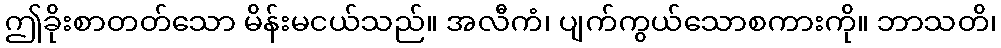
ဤခိုးစာတတ်သော မိန်းမငယ်သည်။ အလီကံ၊ ပျက်ကွယ်သောစကားကို။ ဘာသတိ၊